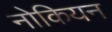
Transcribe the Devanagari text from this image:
नोकियन